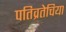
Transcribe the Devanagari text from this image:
पतिव्रतेचिया